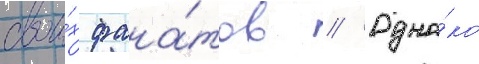
свои́х фана́тов // Одна́ко